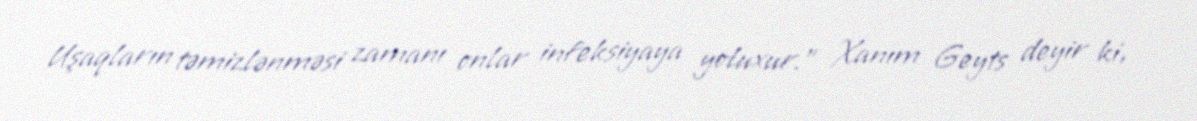
Uşaqların təmizlənməsi zamanı onlar infeksiyaya yoluxur.” Xanım Geyts deyir ki,